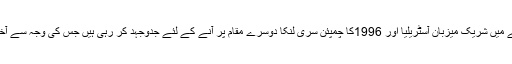
نیوزی لینڈ کی ٹیم کاسرفہرست رہنا تقریبا طے ہو گیا ہے اور ایسے میں شریک میزبان آسٹریلیا اور 1996کا چمپئن سری لنکا دوسرے مقام پر آنے کے لئے جدوجہد کر رہی ہیں جس کی وجہ سے آخری 8 کے مقابلے میں جنوبی افریقہ سے مقابلہ سے بچا جا سکے۔